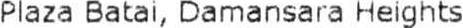
PLAZA BATAI, DAMANSARA HEIGHTS